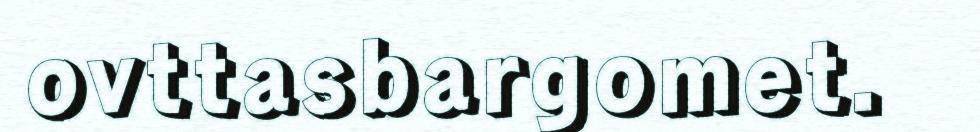
ovttasbargomet.